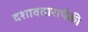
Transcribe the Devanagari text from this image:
दशावतारापैकी